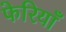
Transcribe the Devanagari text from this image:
फेरियाँ